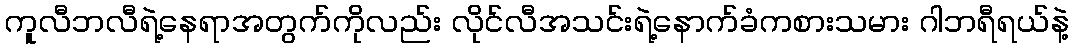
ကူလီဘလီရဲ့နေရာအတွက်ကိုလည်း လိုင်လီအသင်းရဲ့နောက်ခံကစားသမား ဂါဘရီရယ်နဲ့